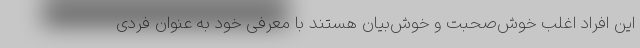
این افراد اغلب خوش‌صحبت و خوش‌بیان هستند با معرفی خود به عنوان فردی